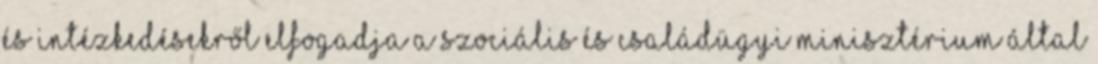
és intézkedésekről elfogadja a Szociális és Családügyi Minisztérium által